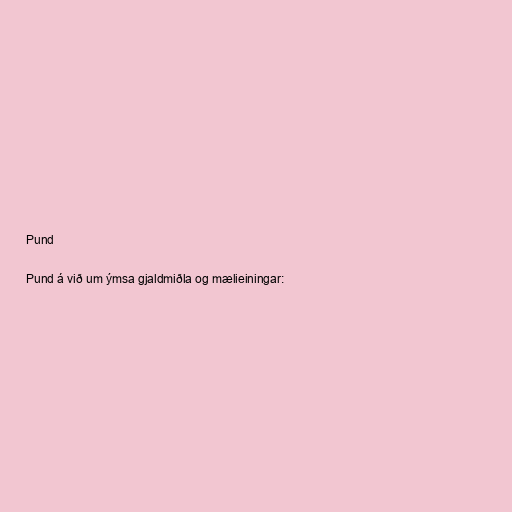
Pund

Pund á við um ýmsa gjaldmiðla og mælieiningar: